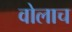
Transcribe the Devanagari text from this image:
वोलाच